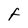
Character: f